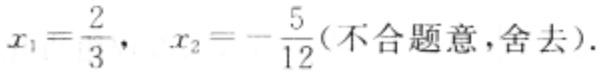
$x_{1}=\frac{2}{3},\ x_{2}=-\frac{5}{12}(\text{不合题意,舍去}).$